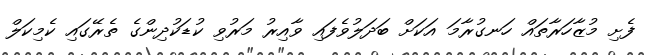
ފެށި މުޒާހަރާތައް ހަނގުރާމަ އަކަށް ބަދަލުވެފައި ވާއިރު މަރުވި ކުޑަކުދިންގެ ތެރޭގައި ކެމިކަލް